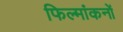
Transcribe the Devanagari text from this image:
फिल्मांकनों